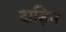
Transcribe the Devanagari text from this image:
दाड़िम